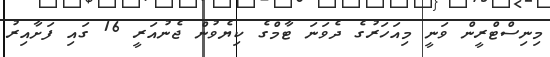
މިނިސްޓްރީން ވަނީ މިއަހަރުގެ ދެވަނަ ޓާމްގެ ކިޔެވުން ޖެނުއަރީ 16 ގައި ފަށާއިރު